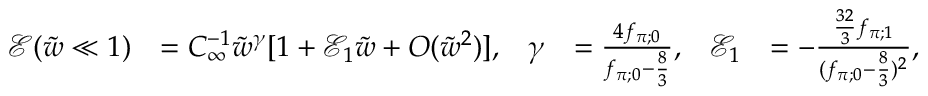
\begin{array} { r l r l r l } { \mathcal { E } ( \tilde { w } \ll 1 ) } & { = C _ { \infty } ^ { - 1 } \tilde { w } ^ { \gamma } [ 1 + \mathcal { E } _ { 1 } \tilde { w } + O ( \tilde { w } ^ { 2 } ) ] , } & { \gamma } & { = \frac { 4 f _ { \pi ; 0 } } { f _ { \pi ; 0 } - \frac { 8 } { 3 } } , } & { \mathcal { E } _ { 1 } } & { = - \frac { \frac { 3 2 } { 3 } f _ { \pi ; 1 } } { ( f _ { \pi ; 0 } - \frac { 8 } { 3 } ) ^ { 2 } } , } \end{array}